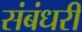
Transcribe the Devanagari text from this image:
संबंधरी